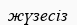
жүзесіз